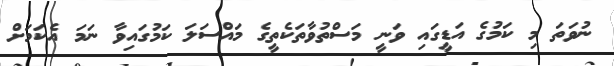
ނުވަތަ މި ކަމުގެ އަޑީގައި ވަނީ މަސްތުވާތަކެތީގެ މައްސަލަ ކަމުގައިވާ ނަމަ އެކަމަށް